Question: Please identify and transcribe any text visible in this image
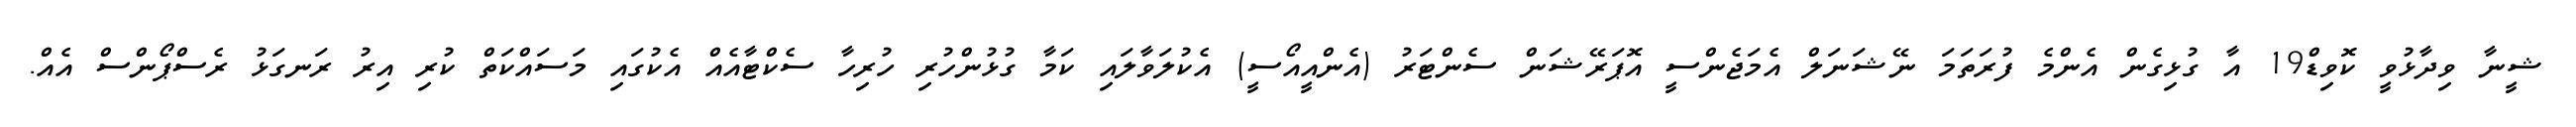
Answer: ޝީނާ ވިދާޅުވީ ކޮވިޑް19 އާ ގުޅިގެން އެންމެ ފުރަތަމަ ނޭޝަނަލް އެމަޖެންސީ އޮޕަރޭޝަން ސެންޓަރު (އެންއީއޯސީ) އެކުލަވާލައި ކަމާ ގުޅުންހުރި ހުރިހާ ސެކްޓާއެއް އެކުގައި މަސައްކަތް ކުރި އިރު ރަނގަޅު ރެސްޕޯންސް އެއް.